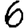
Digit: 6